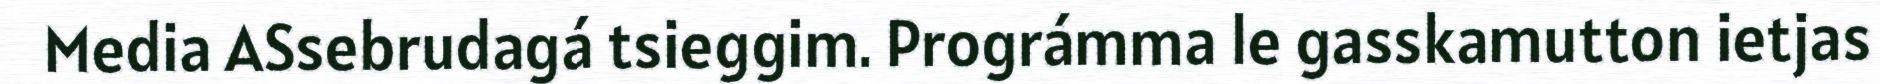
Media ASsebrudagá tsieggim. Prográmma le gasskamutton ietjas